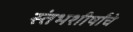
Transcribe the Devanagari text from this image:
स्तंभशीर्षांचे